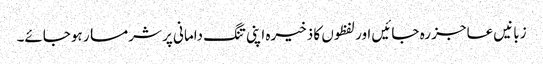
زبانیں عاجز رہ جائیں اور لفظوں کا ذخیرہ اپنی تنگ دامانی پر شرمسار ہوجائے۔